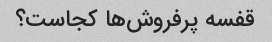
قفسه پرفروش‌ها کجاست؟